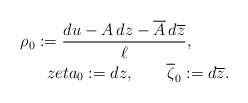
\begin{align*} \rho_0 :=\frac{du-A\,dz-\overline{A}\,d\overline{z}}{\ell},\ \ \ \ \ \ \ \\zeta_0 := dz,\ \ \ \ \ \ \overline{\zeta}_0 := d\overline{z}.\end{align*}